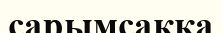
сарымсаққа